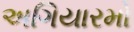
અગિયારમો